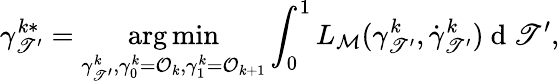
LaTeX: \gamma_{\mathscr{T}^{\prime}}^{k*}=\underset{\gamma_{\mathscr{T}^{\prime}}^{k},\gamma_{0}^{k}=\mathcal{{O}}_{k},\gamma_{1}^{k}=\mathcal{{O}}_{k+1}}{\arg\operatorname*{min}}\int_{0}^{1}L_{{\mathcal{{M}}}}(\gamma_{\mathscr{T}^{\prime}}^{k},\dot{{\gamma}}_{\mathscr{T}^{\prime}}^{k})\mathrm{{~d~}}\mathscr{T}^{\prime},